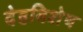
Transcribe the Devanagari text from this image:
देहविशेष